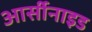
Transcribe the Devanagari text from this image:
आर्सीनाइड